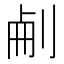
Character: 𠜐